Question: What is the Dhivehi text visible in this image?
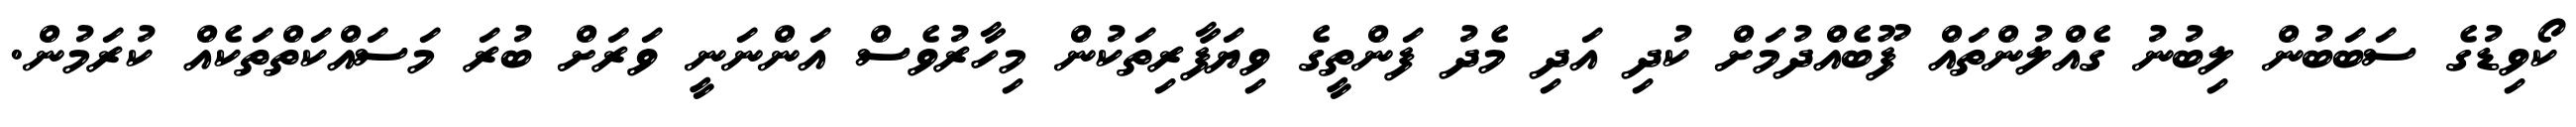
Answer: ކޯވިޑުގެ ސަބަބުން ލިބުނު ގެއްލުންތައް ފޫބެއްދުމަށް ކުދި އަދި މެދު ފަންތީގެ ވިޔަފާރިތަކުން މިހާރުވެސް އަންނަނީ ވަރަށް ބުރަ މަސައްކަތްތަކެއް ކުރަމުން.